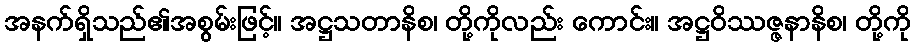
အနက်ရှိသည်၏အစွမ်းဖြင့်။ အဋ္ဌသတာနိစ၊ တို့ကိုလည်း ကောင်း။ အဋ္ဌဝိဿဇ္ဇနာနိစ၊ တို့ကို